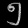
Digit: ၅